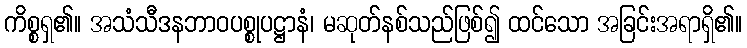
ကိစ္စရှ၏။ အသံသီဒနဘာဝပစ္စုပဋ္ဌာနံ၊ မဆုတ်နစ်သည်ဖြစ်၍ ထင်သော အခြင်းအရာရှိ၏။